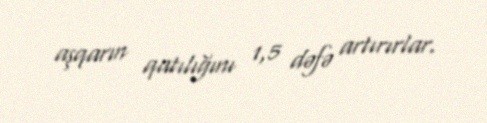
aşqarın qatılığını 1,5 dəfə artırırlar.